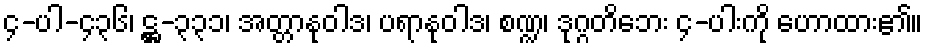
၄-ပါ-၄၃၆၊ ဋ္ဌ-၃၃၁၊ အတ္တာနုဝါဒ၊ ပရာနုဝါဒ၊ စဏ္ဍ၊ ဒုဂ္ဂတိဘေး ၄-ပါးကို ဟောထား၏။